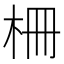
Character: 柵